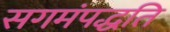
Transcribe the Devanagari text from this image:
सगमंपद्धति